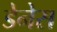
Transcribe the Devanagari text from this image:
डेनेस